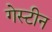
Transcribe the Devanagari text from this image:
गेस्टीन